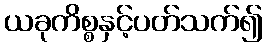
ယခုကိစ္စနှင့်ပတ်သက်၍